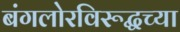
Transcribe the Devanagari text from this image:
बंगलोरविरूद्धच्या